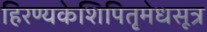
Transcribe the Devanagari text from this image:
हिरण्यकेशिपितृमेधसूत्र